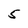
Character: 5